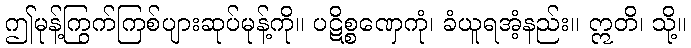
ဤမုန့်ကြွက်ကြစ်ပျားဆုပ်မုန့်ကို။ ပဋိစ္စဏှေကုံ၊ ခံယူရအံ့နည်း။ ဣတိ၊ သို့။